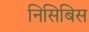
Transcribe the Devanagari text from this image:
निसिबिस